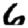
Digit: 6